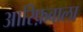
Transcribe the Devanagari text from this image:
आरिफ़वाला